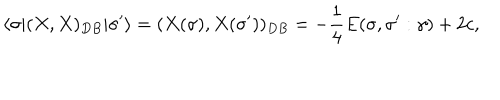
\langle \sigma | ( X , X ) _ { D B } | \sigma ^ { \prime } \rangle = ( X ( \sigma ) , X ( \sigma ^ { \prime } ) ) _ { D B } = - \frac { 1 } { 4 } E ( \sigma , \sigma ^ { \prime } : \gamma ) + 2 c ,